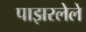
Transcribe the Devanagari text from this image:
पाझरलेले